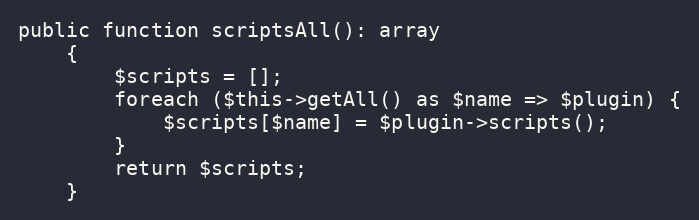
Language: PHP
public function scriptsAll(): array
    {
        $scripts = [];
        foreach ($this->getAll() as $name => $plugin) {
            $scripts[$name] = $plugin->scripts();
        }
        return $scripts;
    }